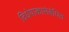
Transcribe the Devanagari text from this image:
विधेयाकासंबंधित